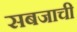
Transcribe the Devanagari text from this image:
सबजाची